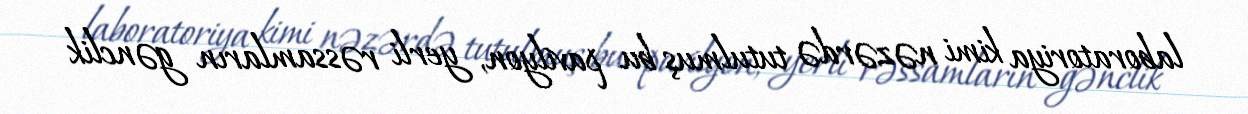
laboratoriya kimi nəzərdə tutulmuş bu pavilyon, yerli rəssamların gənclik